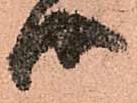
御